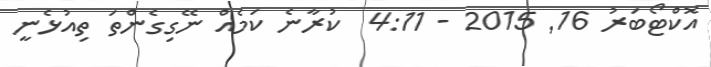
އޮކްޓޯބަރު 16